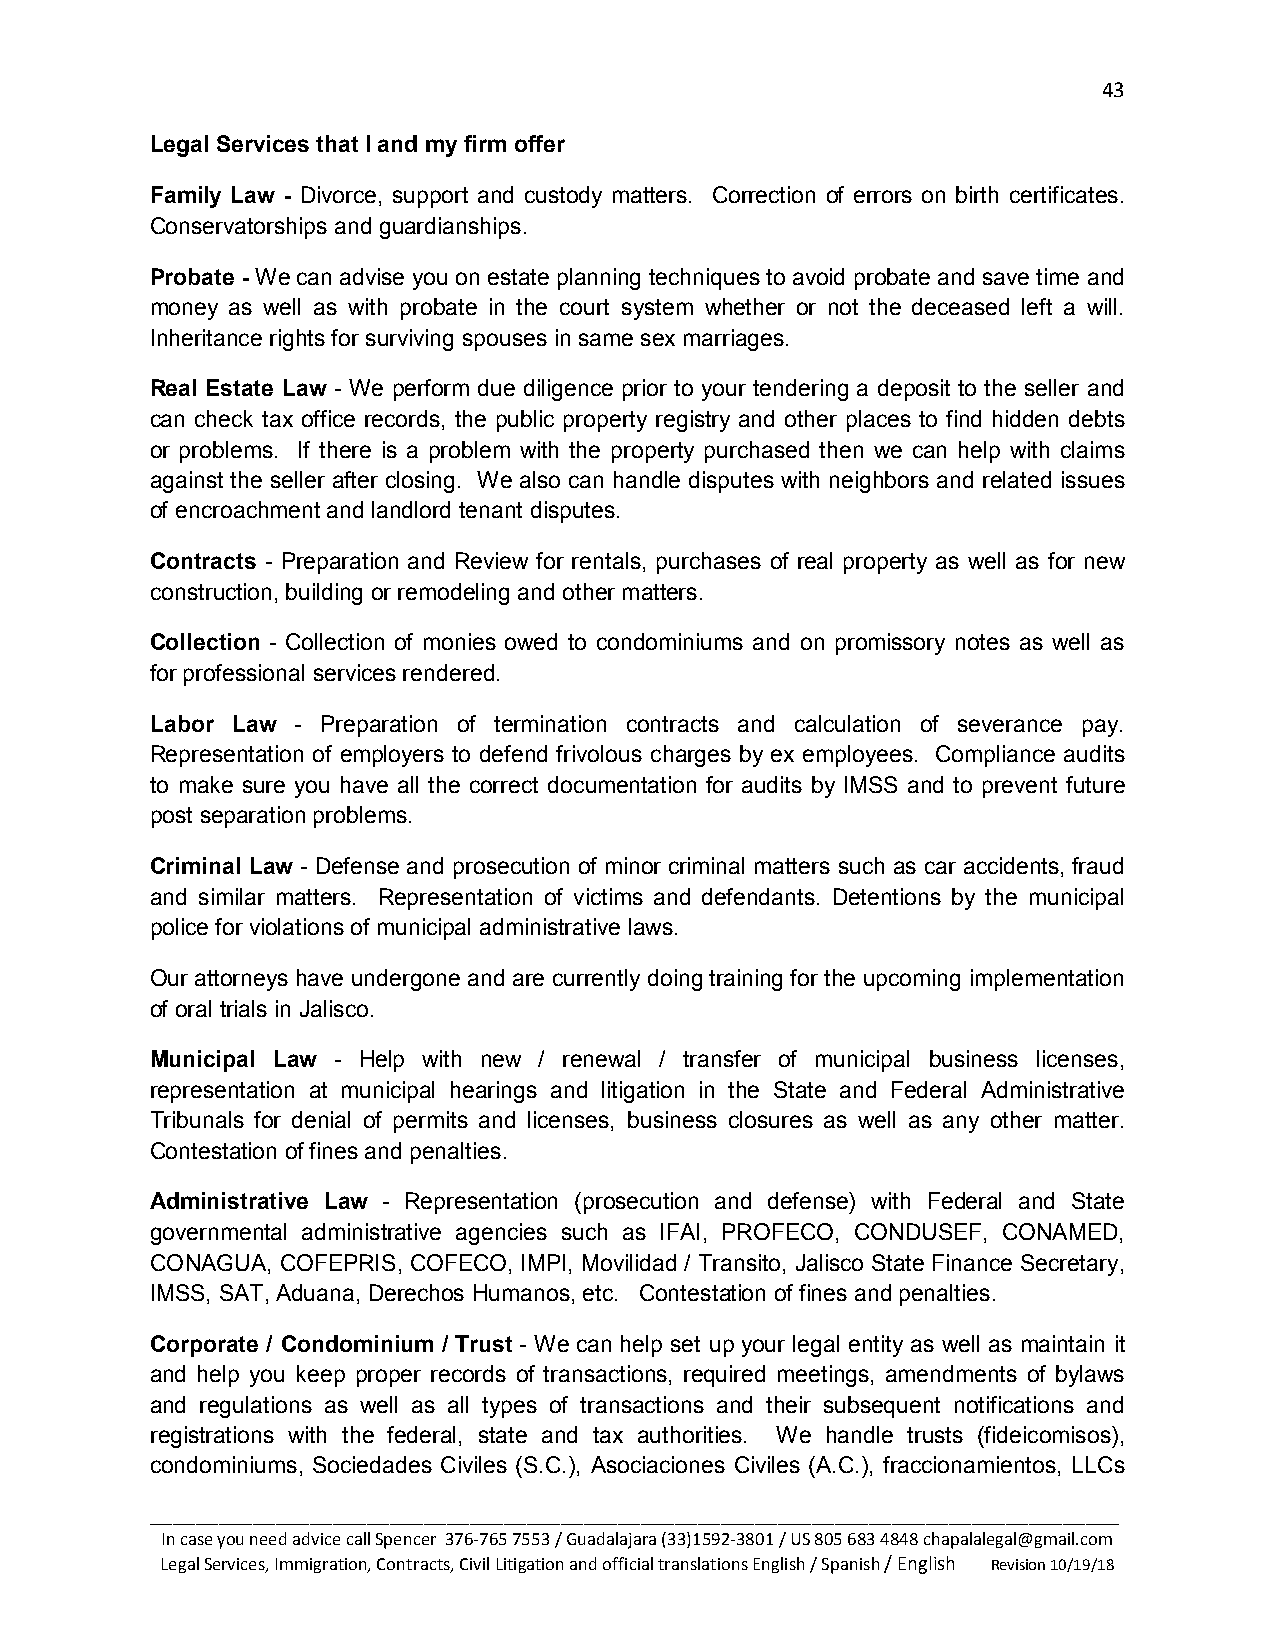
43
 Legal Services that I and my firm offer
 Family Law - Divorce, support and custody matters. Correction of errors on birth certificates.
 Conservatorships and guardianships.
 Probate - We can advise you on estate planning techniques to avoid probate and save time and
 money as well as with probate in the court system whether or not the deceased left a will.
 Inheritance rights for surviving spouses in same sex marriages.
 Real Estate Law - We perform due diligence prior to your tendering a deposit to the seller and
 can check tax office records, the public property registry and other places to find hidden debts
 or problems. If there is a problem with the property purchased then we can help with claims
 against the seller after closing. We also can handle disputes with neighbors and related issues
 of encroachment and landlord tenant disputes.
 Contracts - Preparation and Review for rentals, purchases of real property as well as for new
 construction, building or remodeling and other matters.
 Collection - Collection of monies owed to condominiums and on promissory notes as well as
 for professional services rendered.
 Labor Law - Preparation of termination contracts and calculation of severance pay.
 Representation of employers to defend frivolous charges by ex employees. Compliance audits
 to make sure you have all the correct documentation for audits by IMSS and to prevent future
 post separation problems.
 Criminal Law - Defense and prosecution of minor criminal matters such as car accidents, fraud
 and similar matters. Representation of victims and defendants. Detentions by the municipal
 police for violations of municipal administrative laws.
 Our attorneys have undergone and are currently doing training for the upcoming implementation
 of oral trials in Jalisco.
 Municipal Law - Help with new / renewal / transfer of municipal business licenses,
 representation at municipal hearings and litigation in the State and Federal Administrative
 Tribunals for denial of permits and licenses, business closures as well as any other matter.
 Contestation of fines and penalties.
 Administrative Law - Representation (prosecution and defense) with Federal and State
 governmental administrative agencies such as IFAI, PROFECO, CONDUSEF, CONAMED,
 CONAGUA, COFEPRIS, COFECO, IMPI, Movilidad / Transito, Jalisco State Finance Secretary,
 IMSS, SAT, Aduana, Derechos Humanos, etc. Contestation of fines and penalties.
 Corporate / Condominium / Trust - We can help set up your legal entity as well as maintain it
 and help you keep proper records of transactions, required meetings, amendments of bylaws
 and regulations as well as all types of transactions and their subsequent notifications and
 registrations with the federal, state and tax authorities. We handle trusts (fideicomisos),
 condominiums, Sociedades Civiles (S.C.), Asociaciones Civiles (A.C.), fraccionamientos, LLCs
 _____________________________________________________________________________________
 In case you need advice call Spencer 376-765 7553 / Guadalajara (33)1592-3801 / US 805 683 4848 chapalalegal@gmail.com
 Legal Services, Immigration, Contracts, Civil Litigation and official translations English / Spanish / English Revision 10/19/18